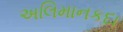
અલિમાનકદા